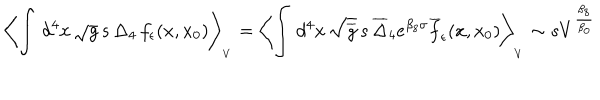
LaTeX: \left\langle \int \, d ^ { 4 } x \, \sqrt g \, s \, \Delta _ { 4 } \, f _ { \epsilon } ( x , x _ { 0 } ) \right\rangle _ { _ V } = \left\langle \int \, d ^ { 4 } x \, \sqrt { \overline { { g } } } \, s \, \overline { { \Delta } } _ { 4 } e ^ { \beta _ { 8 } \sigma } \overline { { f } } _ { \epsilon } ( x , x _ { 0 } ) \right\rangle _ { _ V } \sim s V ^ { \frac { \beta _ { 8 } } { \beta _ { 0 } } }